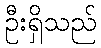
ဦးရှိသည်